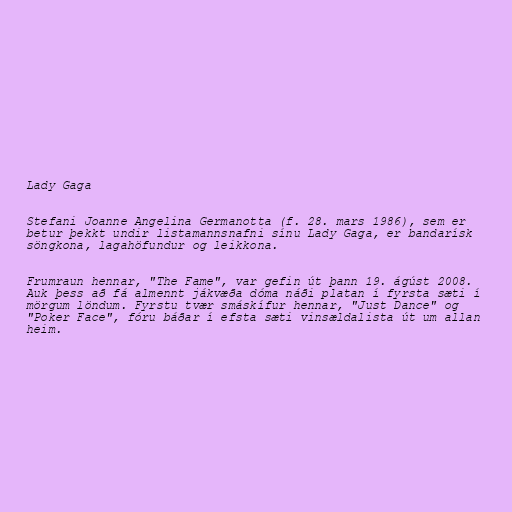
Lady Gaga

Stefani Joanne Angelina Germanotta (f. 28. mars 1986), sem er
betur þekkt undir listamannsnafni sínu Lady Gaga, er bandarísk
söngkona, lagahöfundur og leikkona.

Frumraun hennar, "The Fame", var gefin út þann 19. ágúst 2008.
Auk þess að fá almennt jákvæða dóma náði platan í fyrsta sæti í
mörgum löndum. Fyrstu tvær smáskífur hennar, "Just Dance" og
"Poker Face", fóru báðar í efsta sæti vinsældalista út um allan
heim.